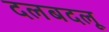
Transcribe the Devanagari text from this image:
दलबदलू